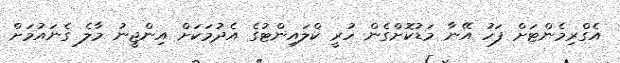
އެގްރިމެންޓަށް ފަހު އޭނާ މަޑުކޮށްގެން ހުރީ ކްލައިންޓުގެ އެދުމަކަށް އިންޖީނު މާލެ ގެނައުމަށް